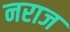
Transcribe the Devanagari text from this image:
नराज